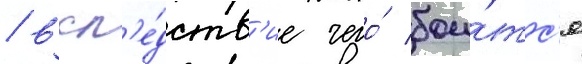
/ всл'е́дств'ие чего́ бои́тс'я